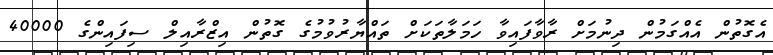
އެގޮތުން އެއްގަމުން ދިނުމަށް ރާވާފައިވާ ހަމަލާތަކަށް ތައްޔާރުވުމުގެ ގޮތުން އިޒްރާއިލް ސިފައިންގެ 40000